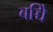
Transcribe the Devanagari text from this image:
बच्चेि